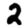
Digit: 2